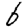
Digit: 6